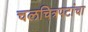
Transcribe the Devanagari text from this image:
चलचित्रपटांचा